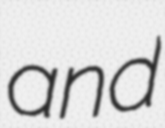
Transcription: and